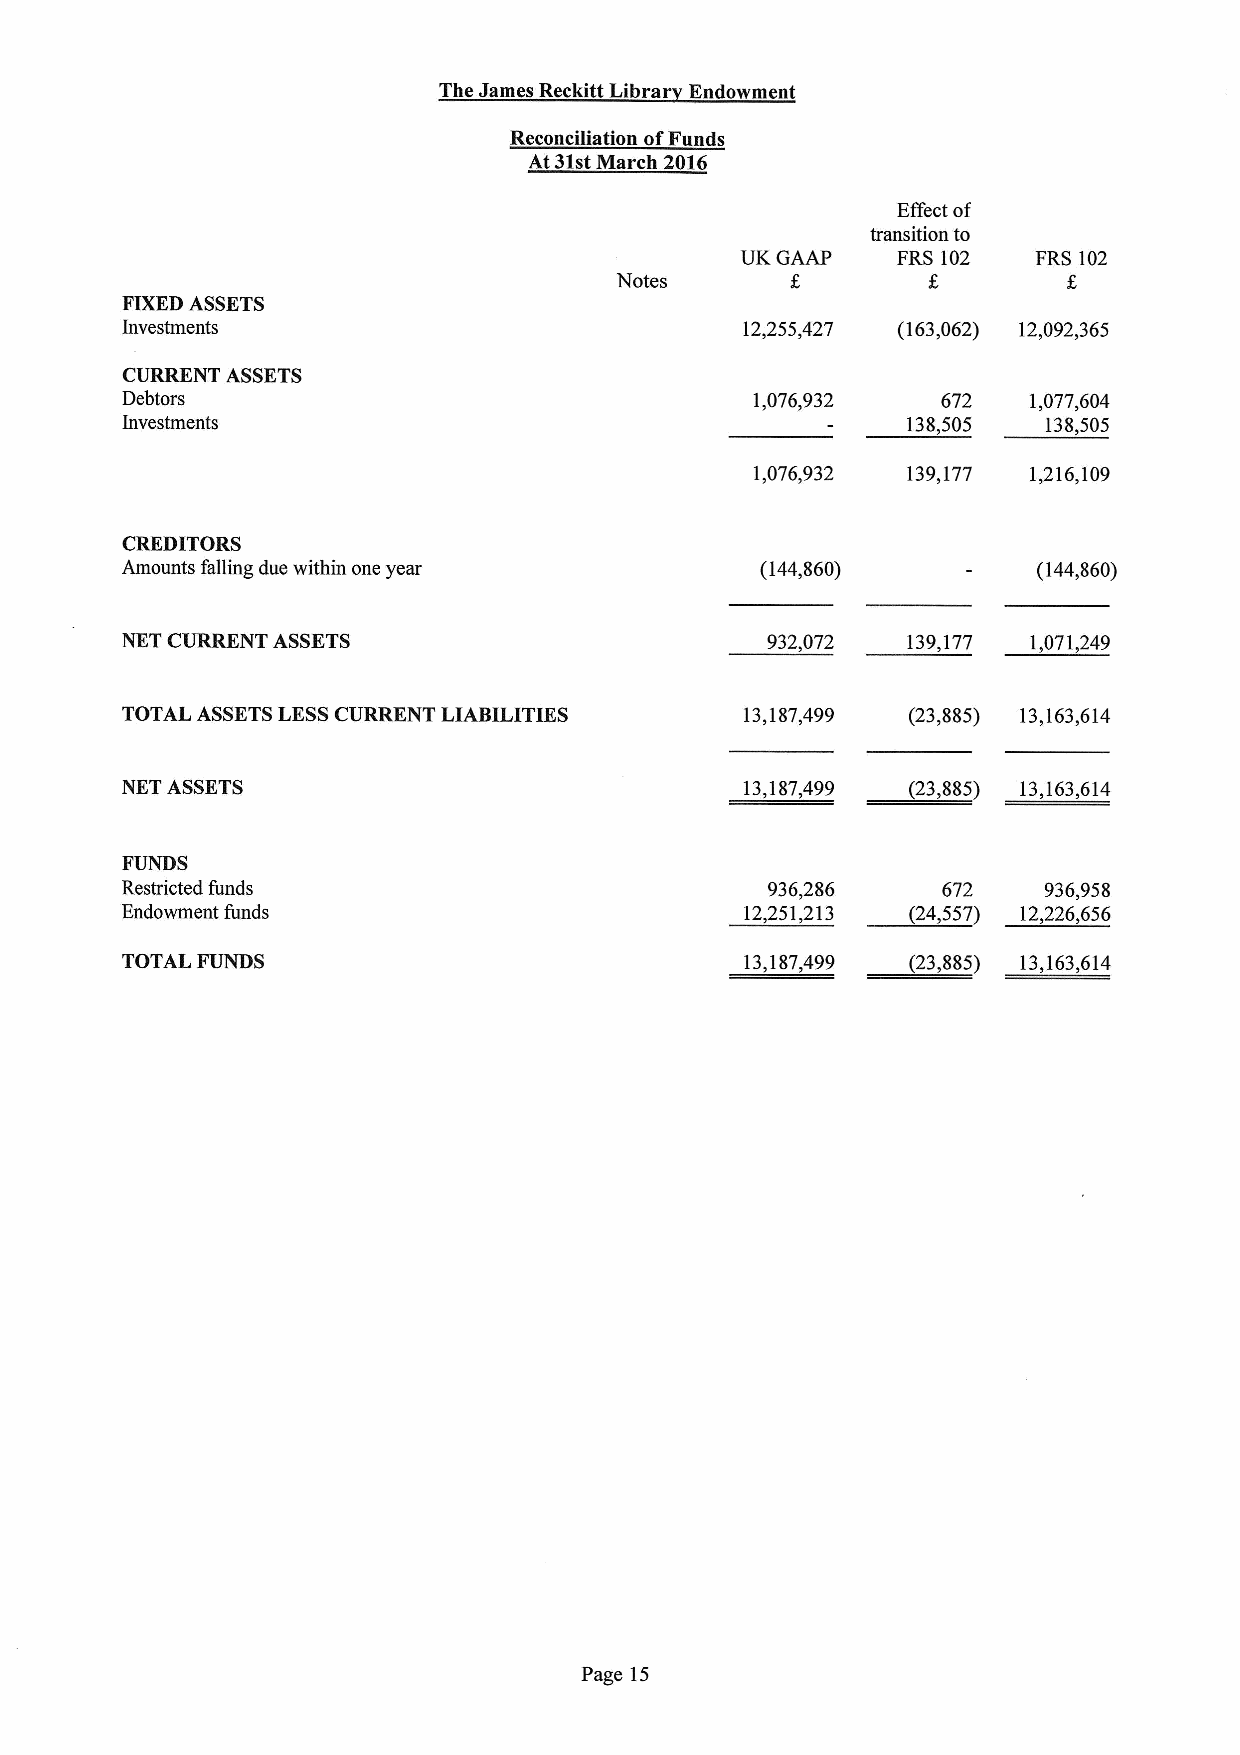
The James Reckitt Libra Endowment
 Reconciliation ofFunds
 At 31stMarch 2016
 Effect of
 transition to
 UK GAAP   FRS 102   FRS 102
 Notes
 FIXEDASSETS
 Investments                              12,255,427 (163,062) 12,092,365
 CURRENT ASSETS
 Debtors                                   1,076,932   672   1,077,604
 Investments                                         138,505  138,505
 1,076,932 139,177 1,216,109
 CREDITORS
 Amounts falling due within one year       (144,860)          (144,860)
 NET CURRENT ASSETS                         932,072  139,177 1,071,249
 TOTAL ASSETSLESSCURRENT LIABILITIES      13,187,499 (23,885) 13,163,614
 NET ASSETS                               13,187,499 (23,885) 13,163,614
 FUNDS
 Restricted funds                           936,286    672    936,958
 Endowment funds                          12,251,213 (24,557) 12,226,656
 TOTAL FUNDS                              13,187,499 (23,885) 13,163,614
 Page 15